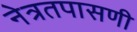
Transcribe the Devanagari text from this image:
नेत्रतपासणी